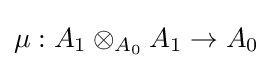
\mu :A_{1}\otimes _{A_{0}}A_{1}\to A_{0}